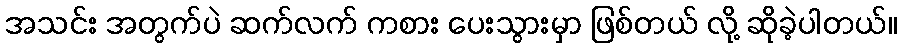
အသင်း အတွက်ပဲ ဆက်လက် ကစား ပေးသွားမှာ ဖြစ်တယ် လို့ ဆိုခဲ့ပါတယ်။